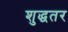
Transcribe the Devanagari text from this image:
शुद्धतर